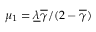
\mu _ { 1 } = { \underline { { \lambda } } \overline { { \gamma } } } / ( { 2 - \overline { { \gamma } } } )